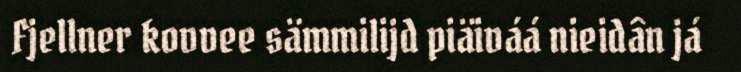
Fjellner kovvee sämmilijd piäiváá nieidân já